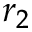
r _ { 2 }